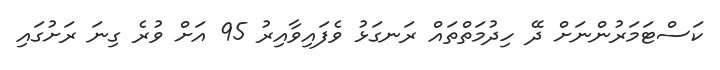
ކަސްޓަމަރުންނަށް ދޭ ހިދުމަތްތައް ރަނގަޅު ވެފައިވާއިރު 95 އަށް ވުރެ ގިނަ ރަށުގައި